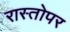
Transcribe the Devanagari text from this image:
रास्तोपर